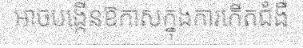
អាចបង្កើនឱកាសក្នុងការកើតជំងឺ